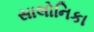
સાલોનિકા